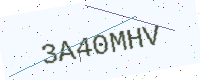
Text: 3A40MHV